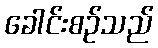
ခေါင်းစဉ်သည်